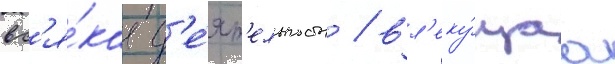
вс'я́каа д'е́ят'ельность / вл'еку́щаа